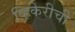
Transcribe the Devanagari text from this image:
व्हिकेरीची